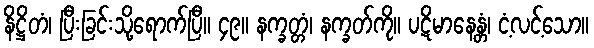
နိဋ္ဌိတံ၊ ပြီးခြင်းသို့ရောက်ပြီ။ ၄၉။ နက္ခတ္တံ၊ နက္ခတ်ကို။ ပဋိမာနေန္တံ၊ ငံ့လင့်သော။